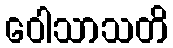
ဝေါသာသတိ